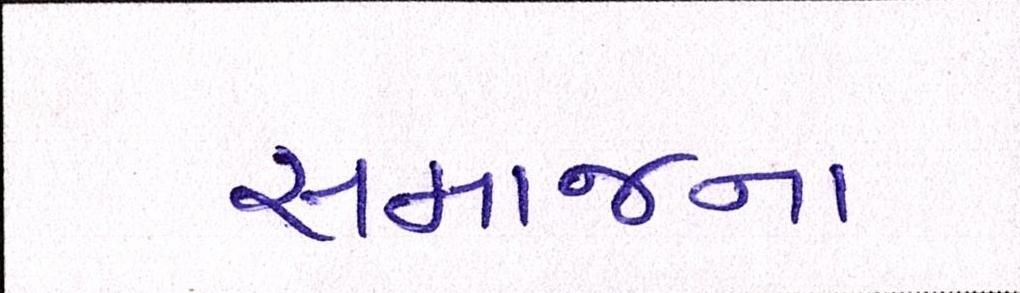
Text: સમાજના